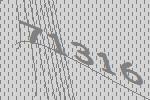
71316